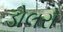
ડોલરો